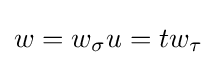
w=w_{\sigma }u=tw_{\tau }